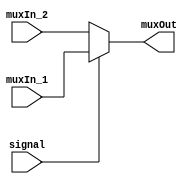

module mux_2_1 (
    input [31:0] muxIn_1, 
    input [31:0] muxIn_2, 
    input signal, 
    output reg [31:0] muxOut
);
 
always @* begin
    if (signal) begin
        muxOut = muxIn_1;
    end
    else begin
        muxOut = muxIn_2;
    end
end

endmodule